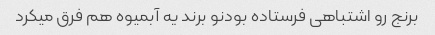
برنج رو اشتباهی فرستاده بودنو برند یه آبمیوه هم فرق میکرد